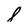
Character: 8